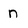
Character: n